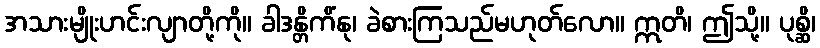
အသားမျိုးဟင်းလျာတို့ကို။ ခါဒန္တိကိံနု၊ ခဲစားကြသည်မဟုတ်လော။ ဣတိ၊ ဤသို့။ ပုစ္ဆိ၊